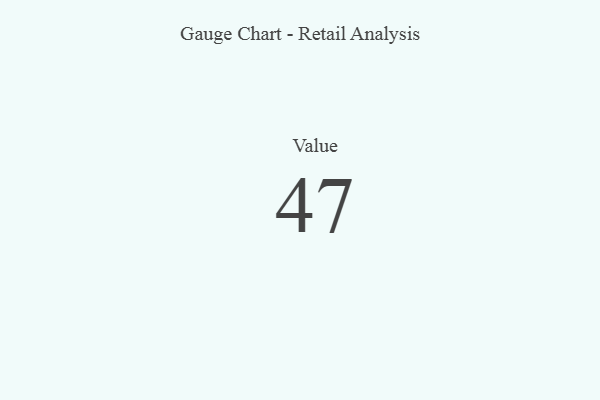
{"axis": {"x": "Metric", "y": "Value"}, "legend": [""], "data": [{"x": "Value", "y": 47, "type": ""}]}